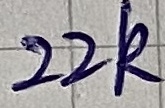
Text: 22k